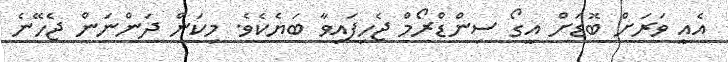
އެއީ ވަރަށް ބޮޑަށް އީގޯ ސިންޑްރޯމް ޖެހިފައިވާ ބަޔެކެވެ. މިކަން ދަންނަން ޖެހޭނެ